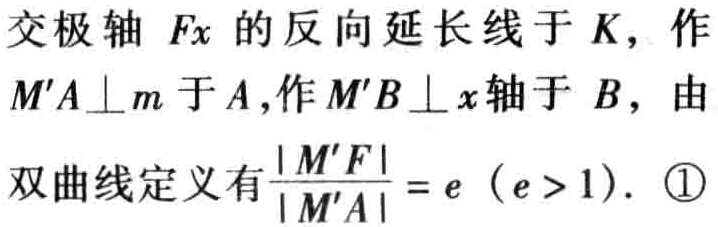
交极轴 \(Fx\) 的反向延长线于 \(K\)，作 \(M'A\perp m\) 于 \(A\)，作 \(M'B\perp x\) 轴于 \(B\)，由双曲线定义有 \(\frac{\vert M'F\vert}{\vert M'A\vert}=e\ (e > 1)\). \textcircled{1}